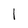
Character: 1